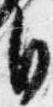
自